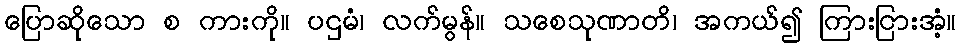
ပြောဆိုသော စ ကားကို။ ပဌမံ၊ လက်မွန်။ သစေသုဏာတိ၊ အကယ်၍ ကြားငြားအံ့။